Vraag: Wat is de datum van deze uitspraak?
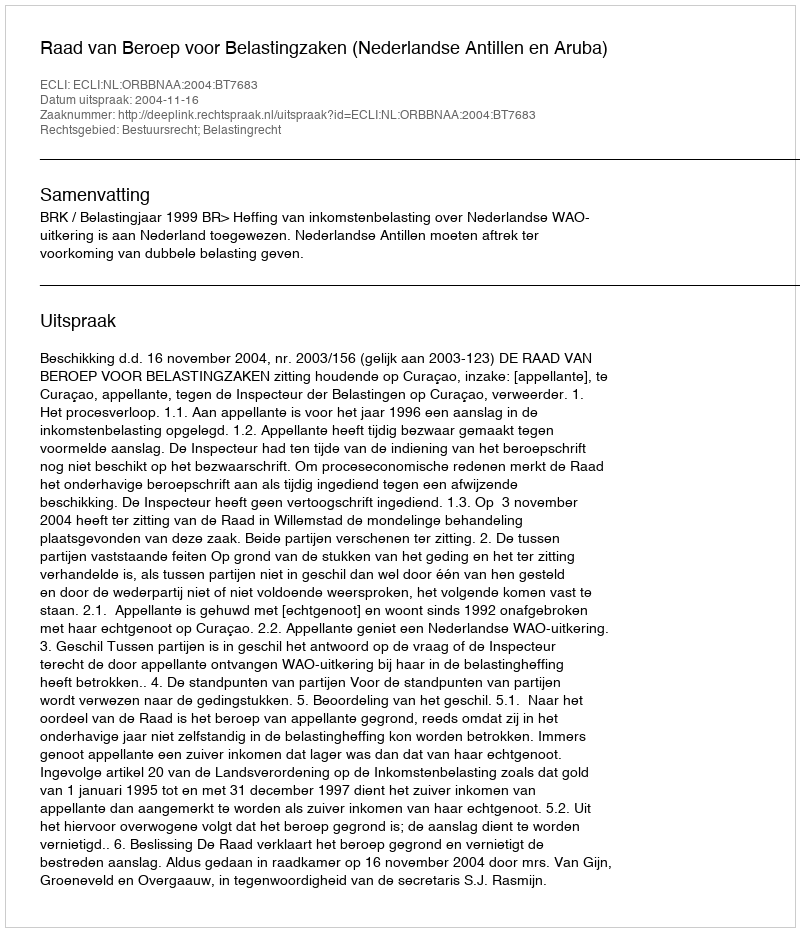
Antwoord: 2004-11-16